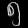
Digit: ၅